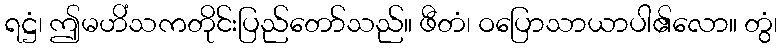
ရဋ္ဌံ၊ ဤမဟိံသကတိုင်းပြည်တော်သည်။ ဖီတံ၊ ဝပြောသာယာပါ၏လော။ တွံ၊